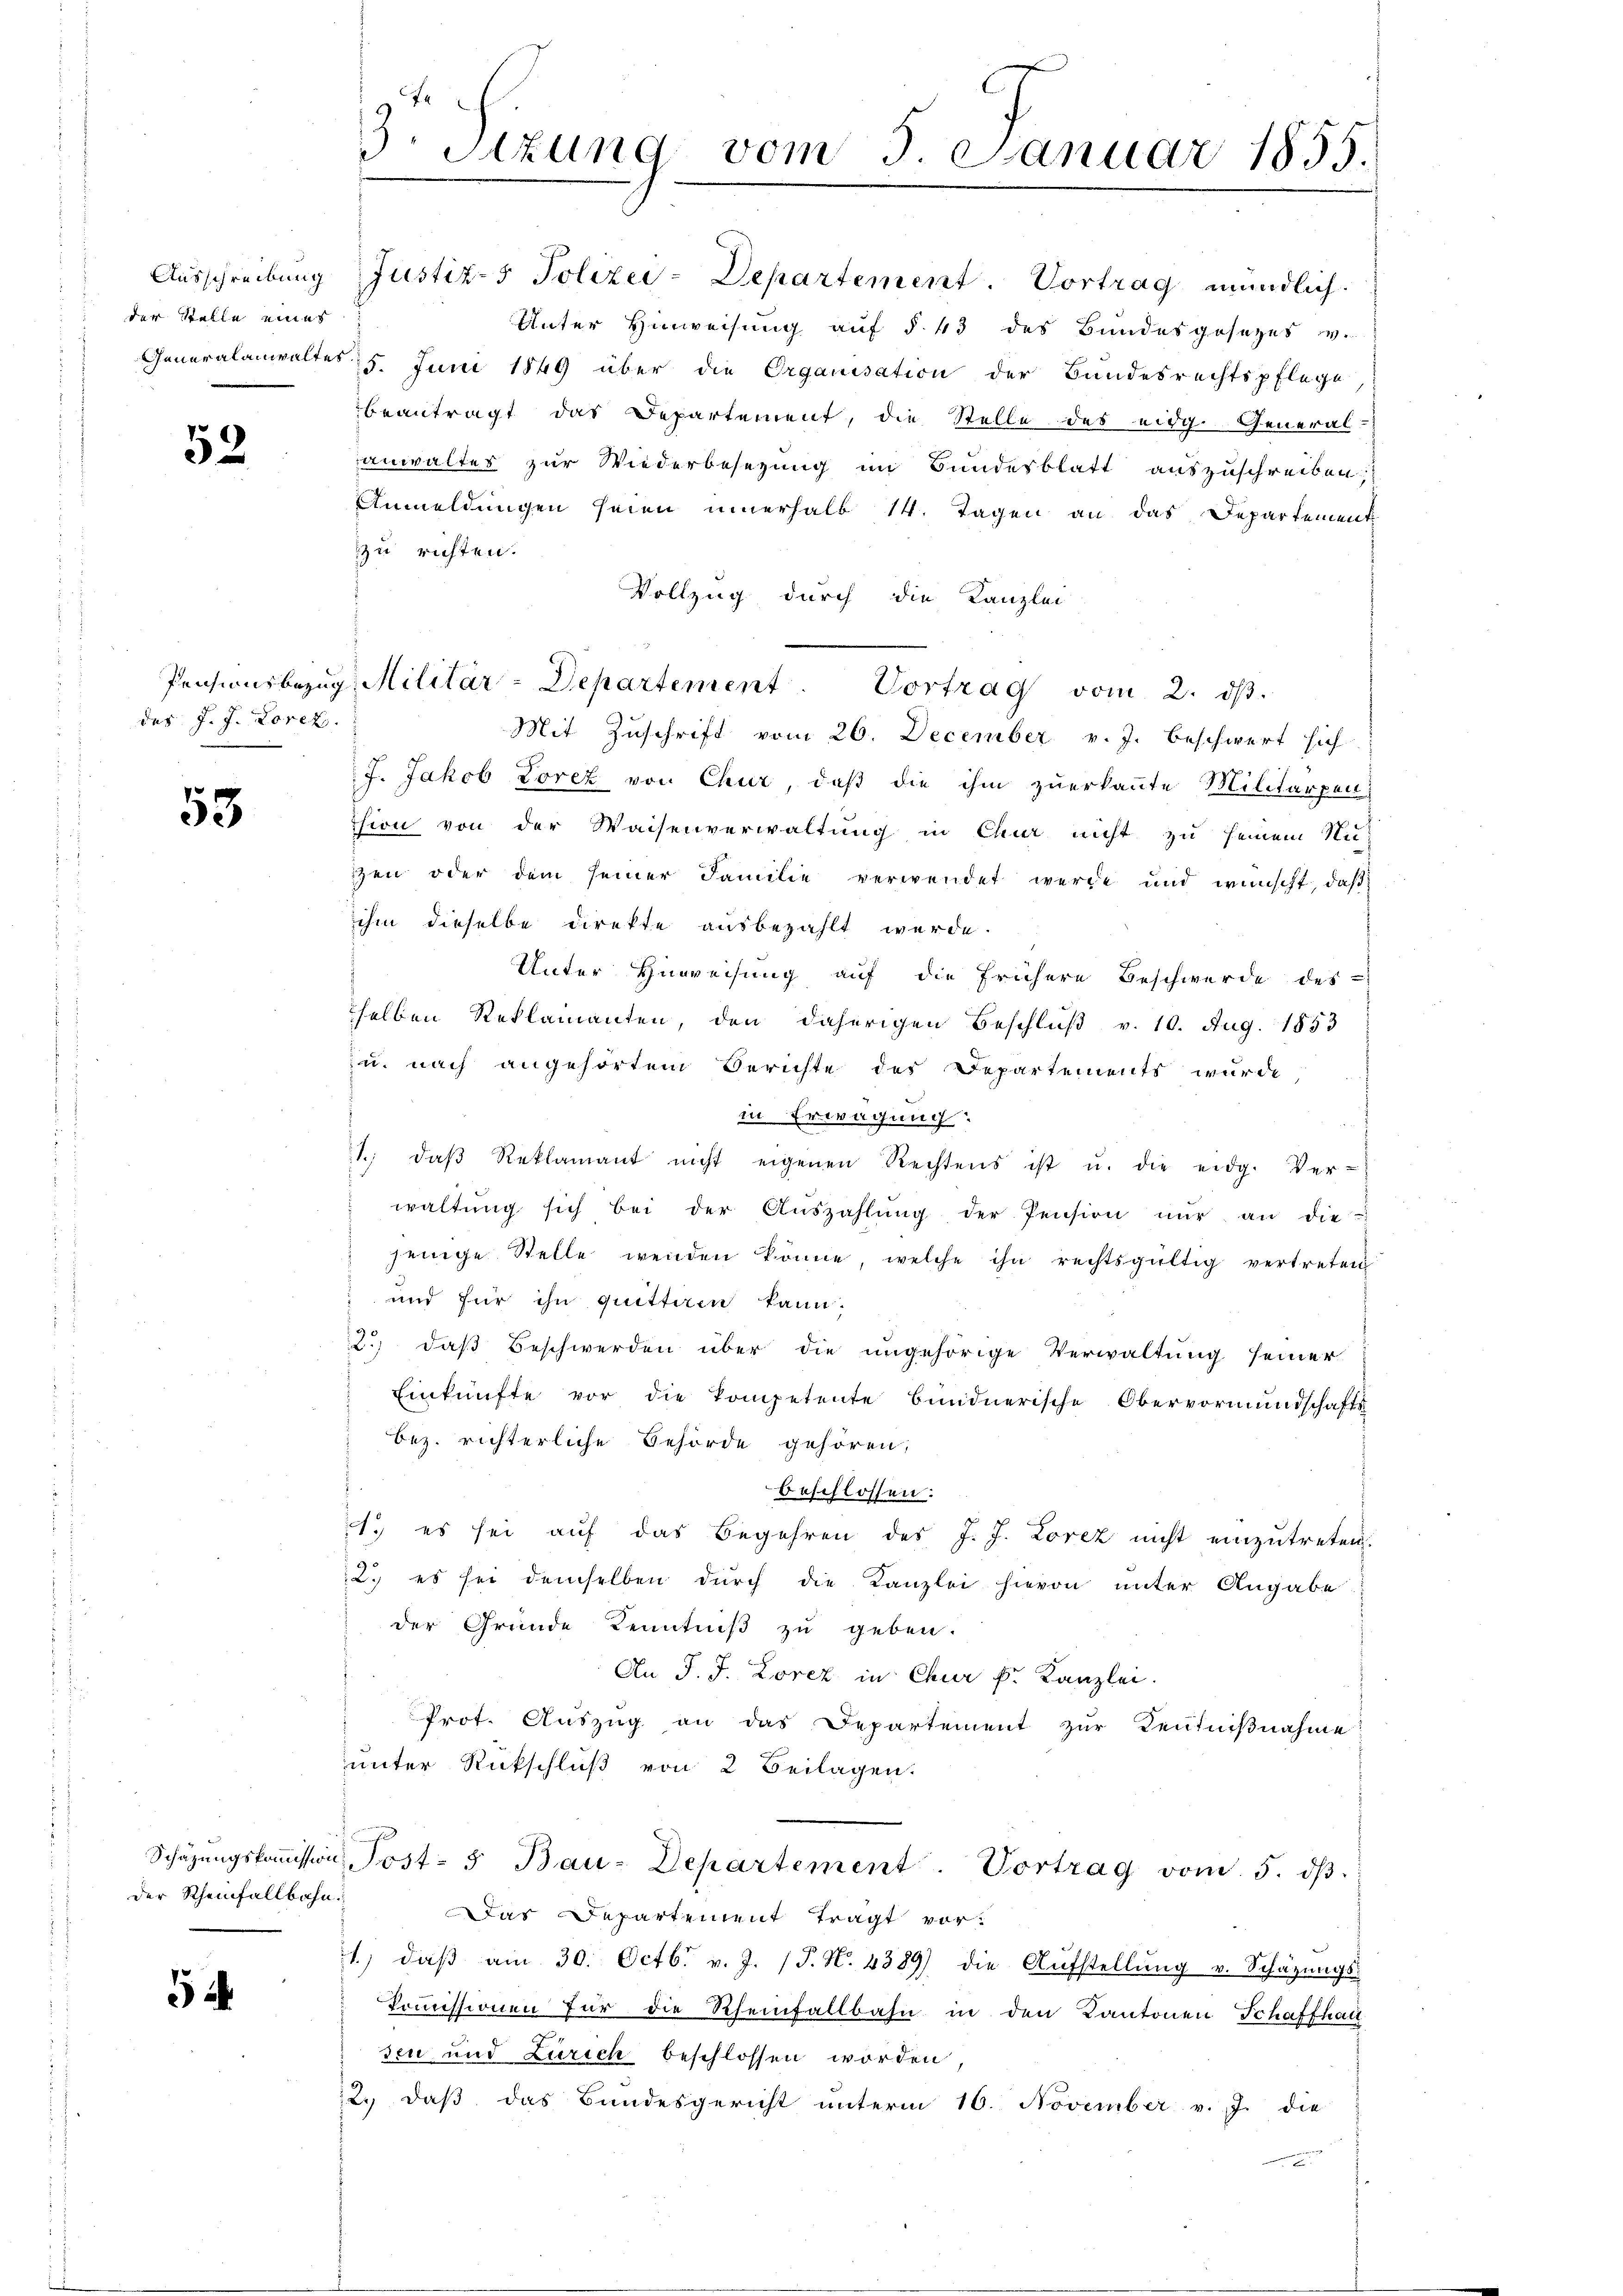
der Stelle eines

52

des J. J. Lorez.

53

Der Rheinfallbahn.

5

Ausschreibung Justiz- & Polizey-Departement. Vortrag mündlich.
Unter Hinweisung auf § 43 des Bundesgesezes v.
Generalanwaltes 5. Juni 1849 über die Organisation der Bundesrechtspflege
beantragt das Departement, die Stelle des eidg. General-
anwaltes zur Wiederbesezung im Bundesblatt auszuschreiben:
Anmeldungen seien innerhalb 14. Tagen an das Departement
zu richten.
Vollzug durch die Kanzlei
Mit Zuschrift vom 26. December v. J. beschwert sich
J. Jakob Lorez von Chur, daß die ihm zuerkannte Militärpen
ssion von der Waisenverwaltung in Chur nicht zu seinem Nu-
zen oder dem seiner Familie verwendet werde und wünscht, daß
ihm dieselbe direkte ausbezahlt werde.
Unter Zuweisung auf die frühere Beschwerde des
selben Reklamanten, den daherigen Beschluß v. 10. Aug. 1853
u. nach angehörtem Berichte des Departements wurde,
in Erwägung.
1., daβ Reklamant nicht eigenen Rechtens ist u. die eidg. Ver-
 waltŭng sich bei der Aŭszahlŭng der Pension nŭr an die
jenige Stelle wenden könne, welche ihn rechtsgültig vertreten
 und für ihn quitteren kann.
2.) daß Beschwerden über die ungehörige Verwaltung seiner
Einkünfte vor die kompetente bundnerische Obervormundschafts
bez. richterliche Behörde gehören:
beschlossen:
1. es sei auf das Begehren des J. J. Lorez nicht einzutreten,
2. es sei demselben durch die Kanzlei hievon unter Angabe
der Gründe Kenntniß zu geben.
An J. J. Lorez in Chur k. Kanzlei.
Prot. Auszug an das Departement zur Kenntniβnahme
unter Rückschluß von 2 Beilagen.
Schäzŭngskoṁission, Post- 5 Bau-Departement. Vortrag vom 5. dβ.
Das Departement tragt vor¬
1.) daβ am 30. Octb. v. J. P. N. 4889) die Aŭfstellŭng v. Schazungs-
Kommissionen für die Rheinfallbahn in den Kantonen Schaffhau
sen und Zürich beschlossen worden
2., daß das Bundesgericht unterm 10. November v. J. die
n

3. Sizung vom 5. Januar 1855.

Pensionsbezug, Militär-Departement. Vortrag vom 2. ds.